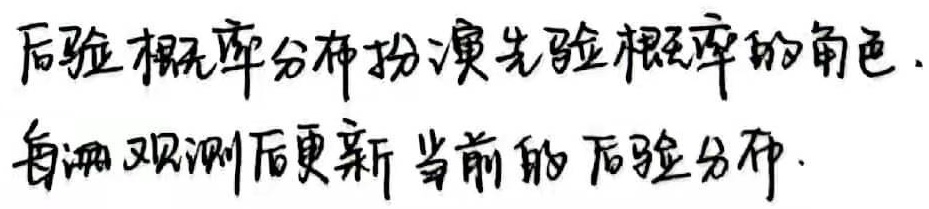
后验概率分布扮演先验概率的角色。每一次观测后更新当前的后验分布。